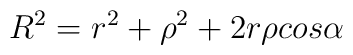
R^2 = r^2 + \rho ^2 + 2r  \rho  cos \alpha